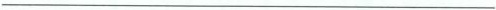
___